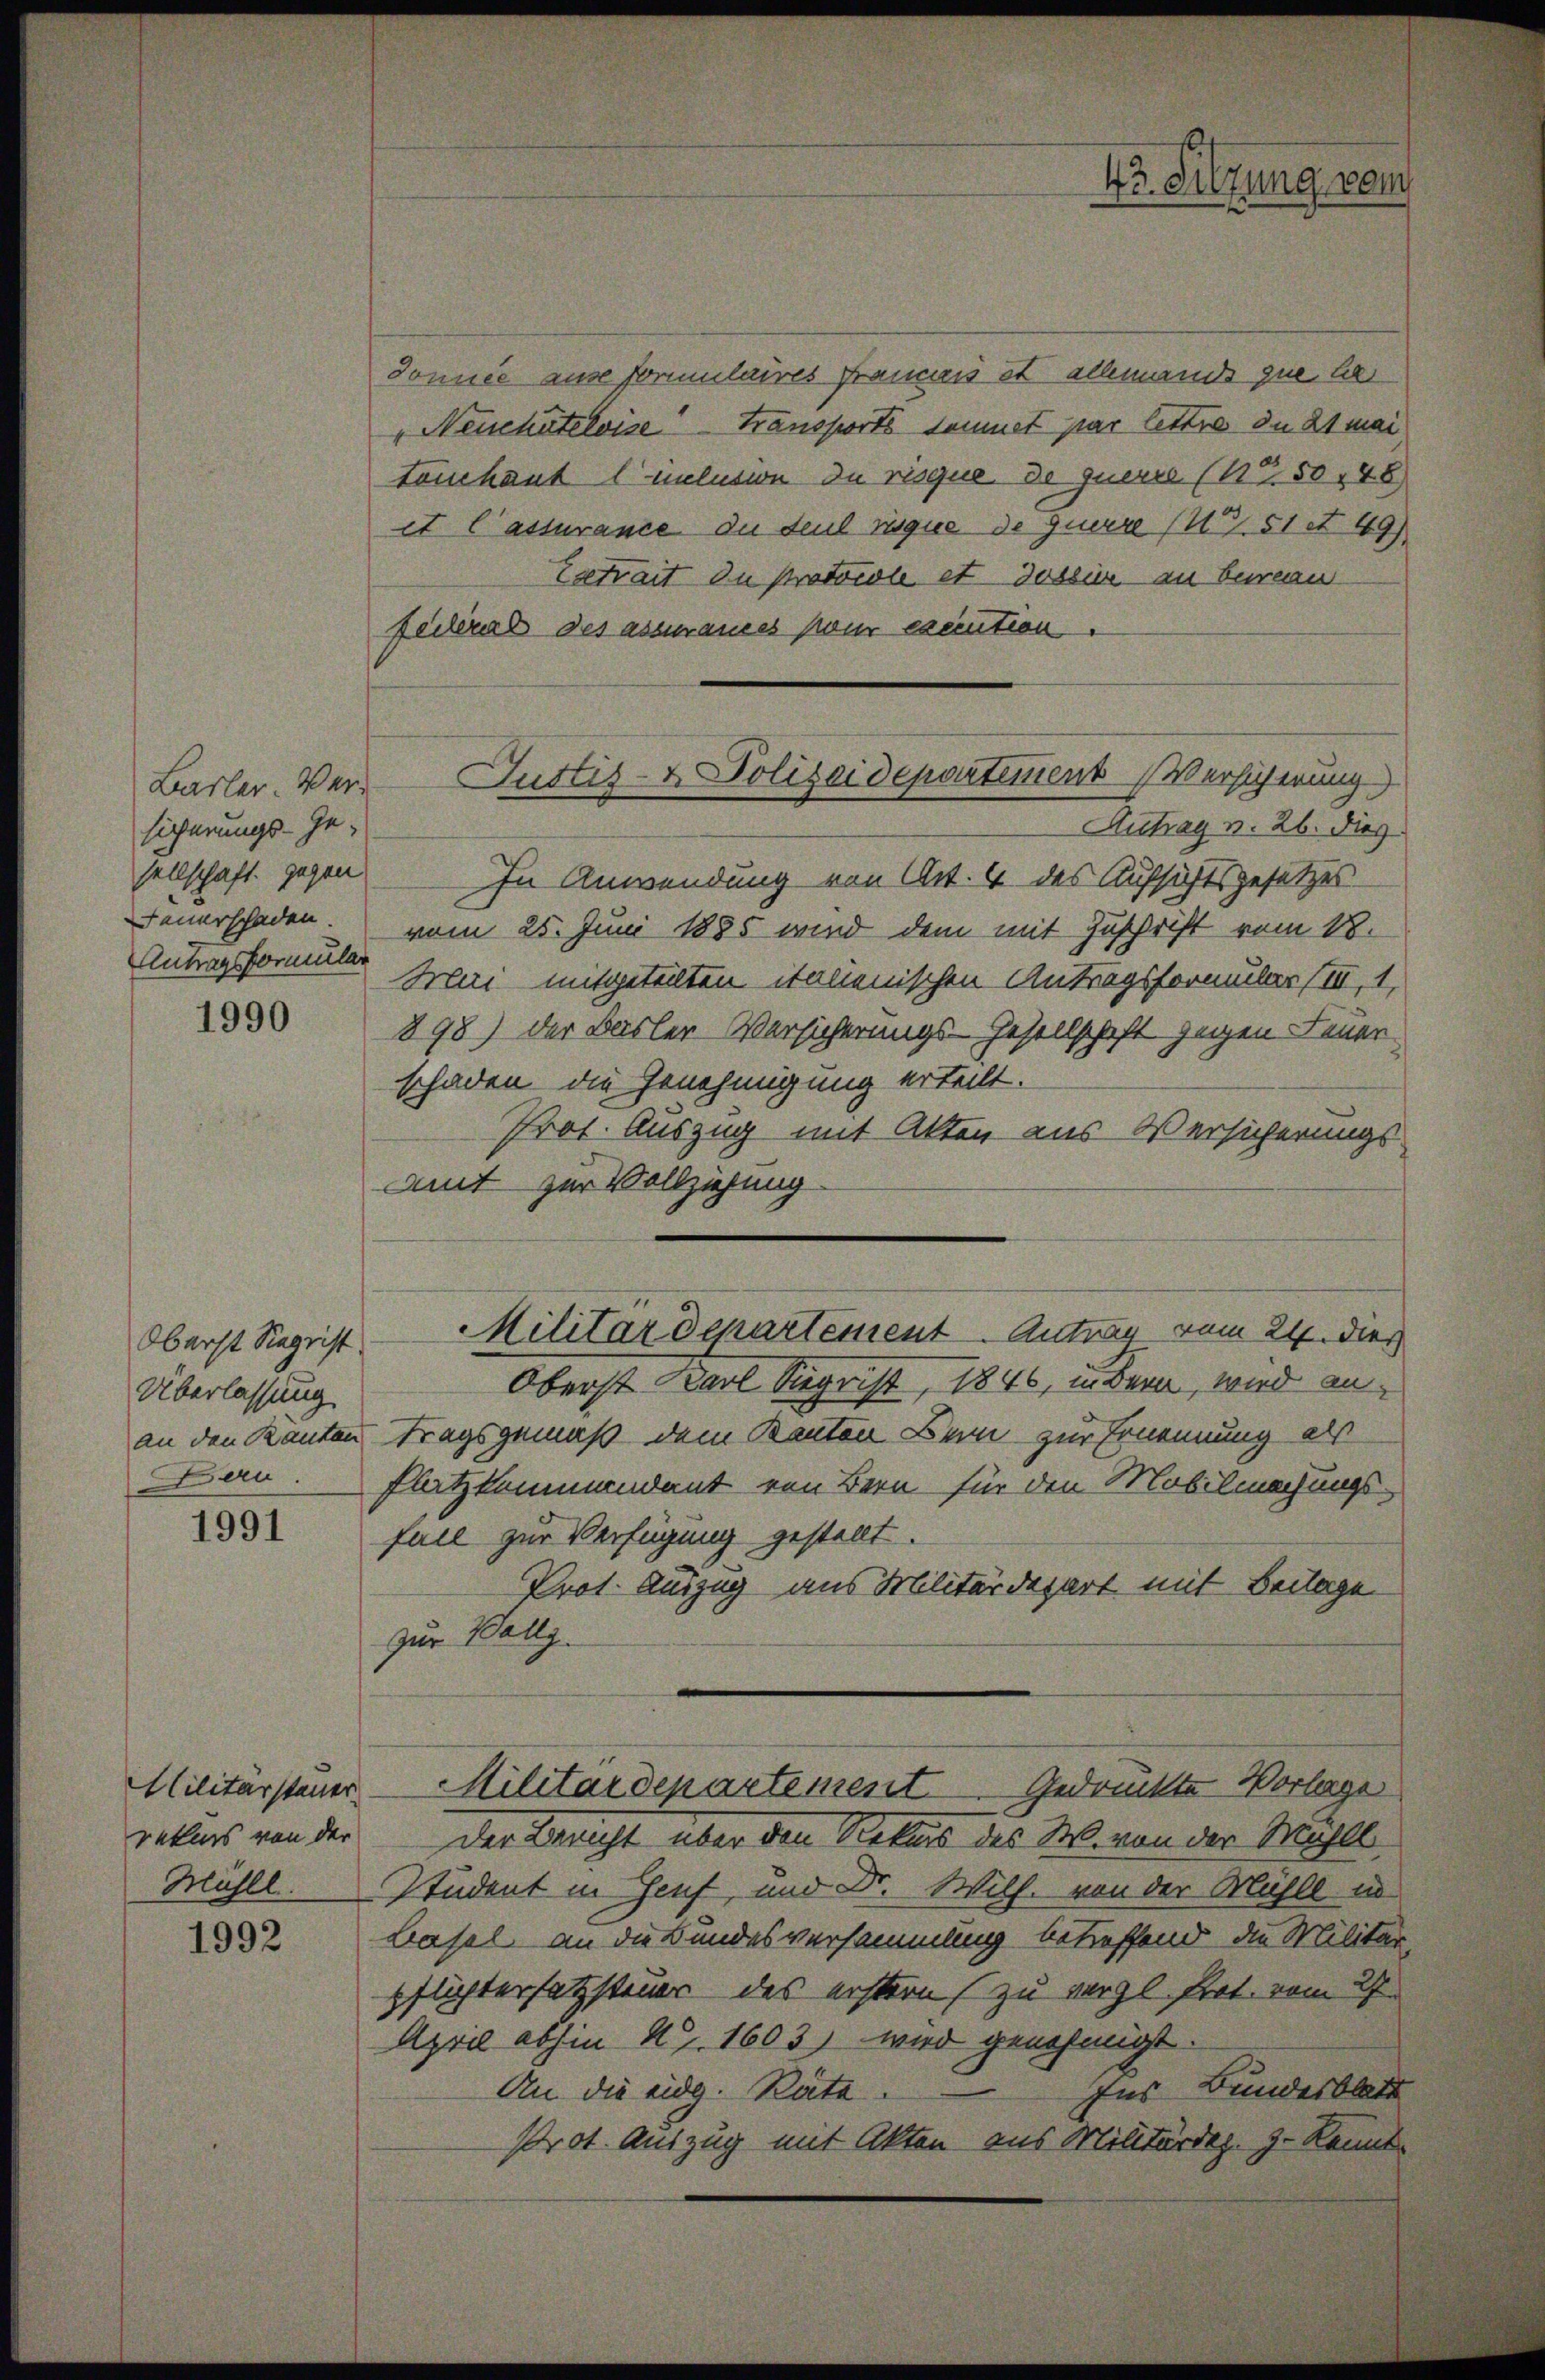
Basler. Versicherungs-Ge¬
Feuerschaden.
Antragsformular

1990

1991

Militärstauer
rekurs von der
Mühll.

1992

Oberst Siegrist
Überlassung
Deru

Jonnée ause formelaires Fraumeis et allemands zue bes
"Neuchâteloise Transports sommet par lettre du 21 mai
touchaut (melusion du risque de querre (Nr. 5048
et l’assurance du seul reque de guerre (1851 et 49)
Extrait du protocole et daseine an berein
federal des assurances pour execution.
Autrag v. 26. dies
sellschaft gegen In Anwendung von Art. 4 des Aufsichtsgesetzesvom 25. Juni 1885 wird dem mit Zuschrift vom 18.
Mai mitgeteilten italienischen Antragsformular (III, 1,
898) der Basler Versicherungs-Gesellschaft gegen Feuer
schaden die Genehmigung erteilt.
Prot. Auszug mit Akten aus Versicherungs
Amt zur Vollziehung
Militärdepartement. Antrag vom 24. dies
Oberst Karl Sigrist, 1846, in Bern, wird anan den Kanton Tragsgemäß dem Kanton Bern zur Ernennung als
Platzkommendant von Bern für den Mobilmachungsfall zur Verfügung gestellt.
Prot. Auszug aus Militärdepart mit Beilage
zur Vollz
Militärdepartement Gedrückte Vorlage
Der Gericht über den Rekurs des M. von der Mahll
Student in Genf, und Dr. Wilf, von der Mahll in
Basel an die Bundesversammlung betreffend die Militär-
pflichtersatzsteuer das erstern zu vergl. Prot. vom 27
April abhin 4. 1603) wird genehmigt.
Ins Bundesblatt
An die eidg. Räte.
Prot. Auszug mit Akten aus Militärdez. Z. konnt

Hr. Silzung vom

Justiz- & Polizeidepartement Versicherung